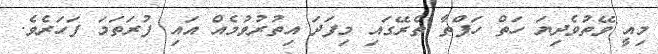
މިއީ ވޭތުވެދިޔަ ހަތް ހަފްތާ ތެރޭގައި މިފަދަ އިތުރުވުމެއް އައި ފުރަތަމަ ފަހަރެވެ.